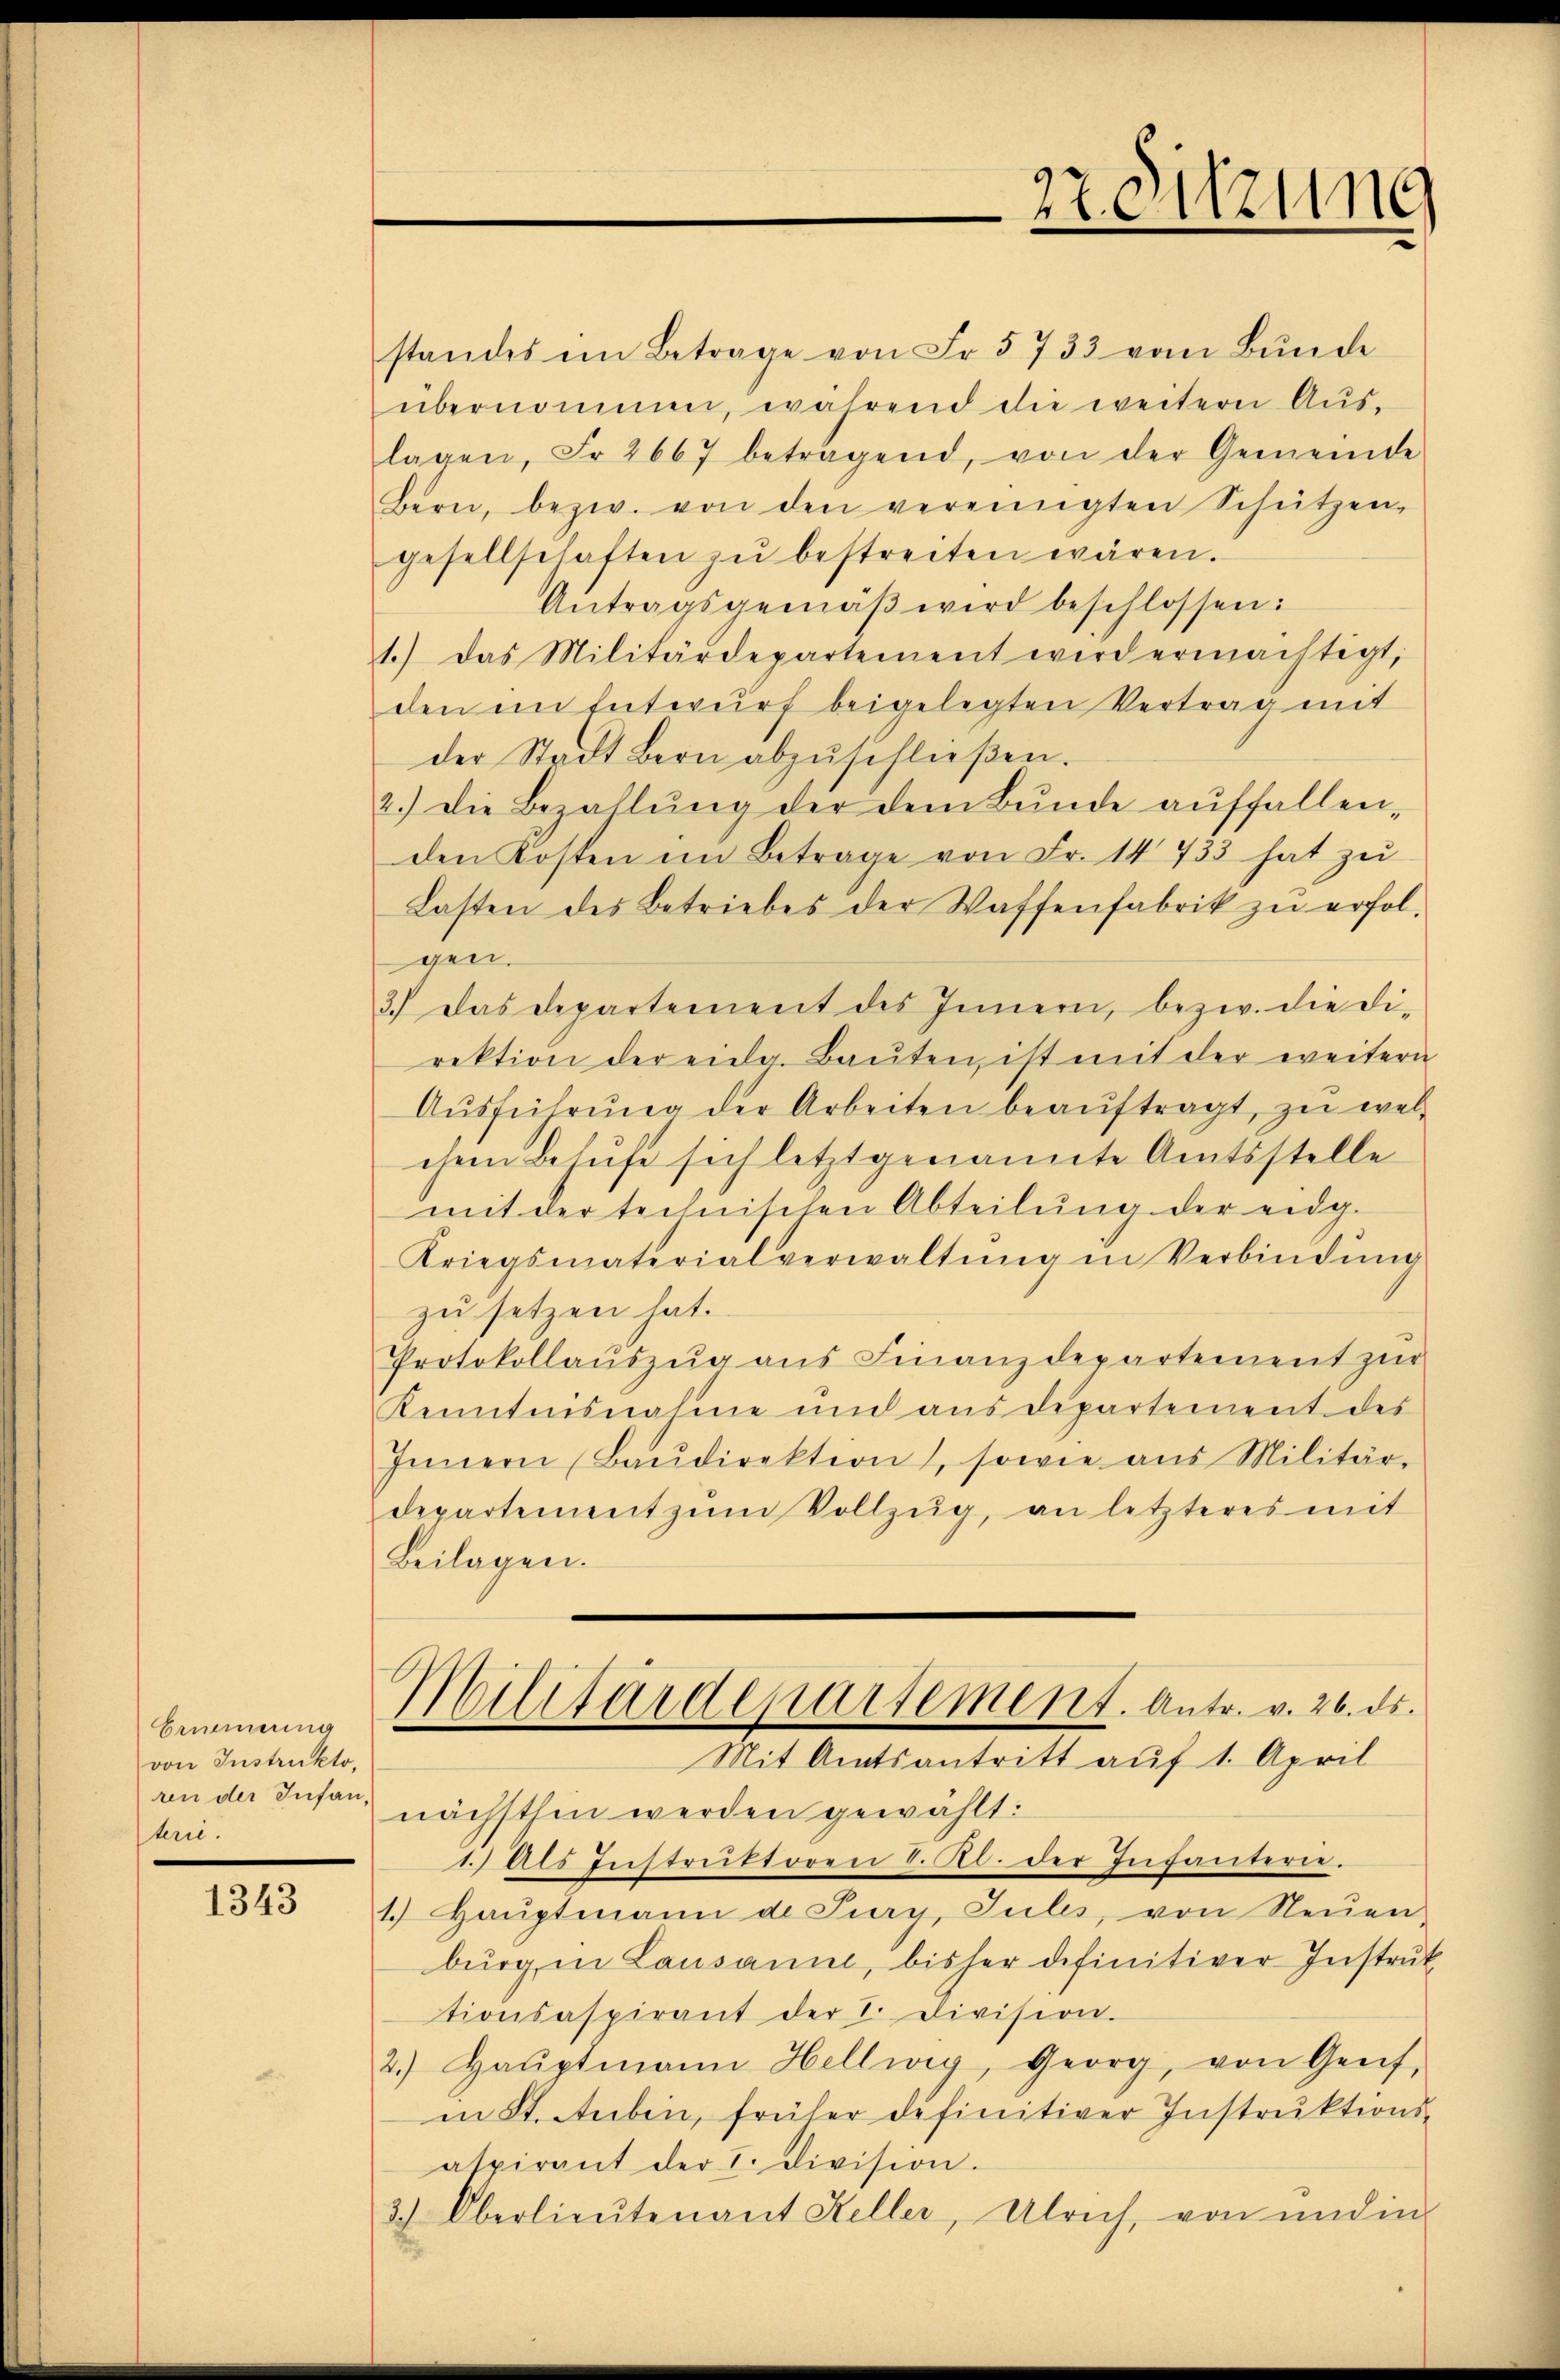
Erinnerung
von Instrukto
ren der Infan
hre.

1343

standes im Betrage von Fr. 5733 vom Bunde
übernommen, während die weitern Aŭs-
lagen, Fr. 2667 betragend, von der Gemeinde
Bern, bezw. von den vereinigten Schützen,
gesellschaften zŭ bestreiten wären.
Antragsgemäβ wird beschlossen:
1.) Das Militärdepartement wird ermächtigt,
den im Entwurf beigelegten Vertrag mit
der Stadt Bern abzŭschlieβen.
2.) Die Bezahlŭng der dem Bŭnde aŭffallen-
den Kosten im Betrage von Fr. 14733 hat zu
Lasten des Betriebes der Waffenfabrik zŭ erfol-
gen.
3.) Das Departement des Innern, bezw. die di-
rektion der eida. Baŭten ist mit der weitern
Aŭsführŭng der Arbeiten beaŭftragt, zŭ wel-
chem Behufe sich letzt genannte Amtsstelle
mit der technischen Abteilŭng der eidg.
Kriegsmaterialverwaltŭng in Verbindŭng
zu setzen hat.
Protokollaŭszŭg aŭs Finanzdepartement zŭr
Kenntnisnahme und aus departement des
Innern Baŭdirektion, sowie aus Militär-
departement zŭm Vollzŭg, an letzteres mit
Beilagen.
Militärdepartement. Antr. v. 26. ds.
Mit Amtsantritt auf 1. April
nächsthin werden gewählt:
1.) Als Instruktoren 8. Al. der Infantern.
1.) Hauptmann de Pury, Julis, von Neuen-
bŭrg in Lausanne, bisher definitiver Instrŭk
tionsaspirant der I. Division.
2.) Haŭptmann Hellwig, Georg, von Greif-
in St. Stuben, früher definitiver Instruktions-
aspirant der I. Division.
3.) Oberlieutenant Keller, Ulrich, von und in

22. Sitzung